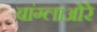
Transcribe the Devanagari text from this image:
बांग्लाओरे